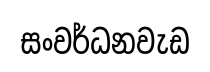
සංවර්ධනවැඩ